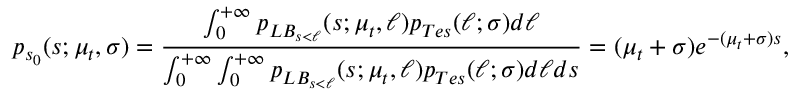
p _ { s _ { 0 } } ( s ; \mu _ { t } , \sigma ) = \frac { \int _ { 0 } ^ { + \infty } p _ { L B _ { s < \ell } } ( s ; \mu _ { t } , \ell ) p _ { T e s } ( \ell ; \sigma ) d \ell } { \int _ { 0 } ^ { + \infty } \int _ { 0 } ^ { + \infty } p _ { L B _ { s < \ell } } ( s ; \mu _ { t } , \ell ) p _ { T e s } ( \ell ; \sigma ) d \ell d s } = ( \mu _ { t } + \sigma ) e ^ { - ( \mu _ { t } + \sigma ) s } ,